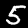
Label: 5